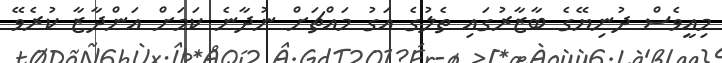
މިއީވެސް ދުނިޔޭގެ ބާޒާރުގައި ތެލުގެ އަގު މައްޗަށް ނުދާނެ ކަމަށް އަންދާޒާ ކުރެވޭ